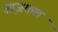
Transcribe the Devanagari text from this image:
आ़जकल